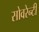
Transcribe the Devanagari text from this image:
सोवरेन्टी